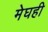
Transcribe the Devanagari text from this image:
मेघही